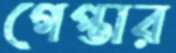
গেপ্তার